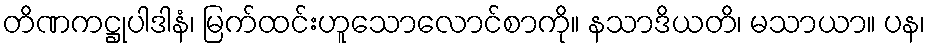
တိဏကဋ္ဌုပါဒါနံ၊ မြက်ထင်းဟူသောလောင်စာကို။ နသာဒိယတိ၊ မသာယာ။ ပန၊